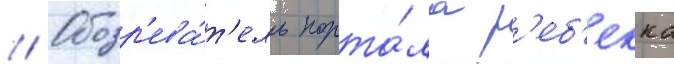
// Обозр'ева́т'ель порта́ла р'еб'екка